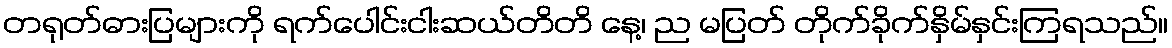
တရုတ်ဓားပြများကို ရက်ပေါင်းငါးဆယ်တိတိ နေ့၊ ည မပြတ် တိုက်ခိုက်နှိမ်နှင်းကြရသည်။